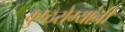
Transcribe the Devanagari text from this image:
कुष्ठरोग्यांनी